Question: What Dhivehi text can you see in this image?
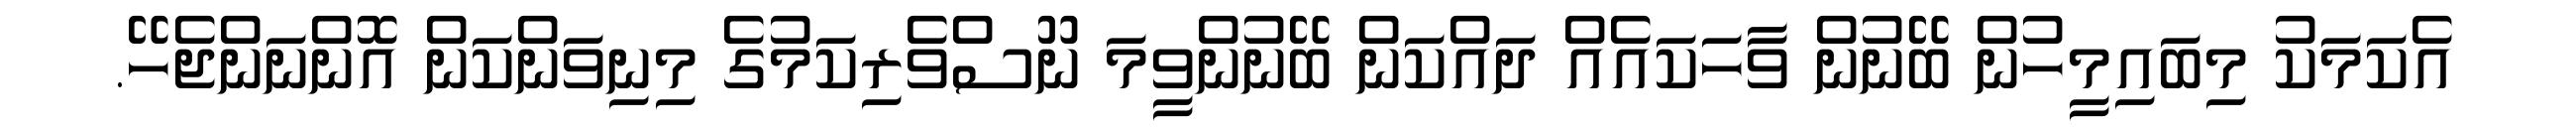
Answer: އެކަމަކު މިބައިމީހުން ބޭނުން ވާހަކައެއް ދައްކަން ބޭނުންވީމަ ނޫސްވެރިކަމުގެ މިނިވަންކަން އޮންނަންޖެހޭ.